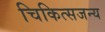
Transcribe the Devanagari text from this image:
चिकित्सजन्य